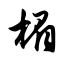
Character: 楣